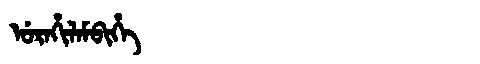
Manchu: ᡠᡵᠠᡥᡳᠯᠠᠮᠪᡳᡥᡝ
Romanization: URAHILAMBIHE